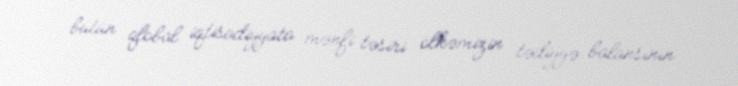
bütün qlobal iqtisadiyyata mənfi təsiri ölkəmizin tədiyyə balansının